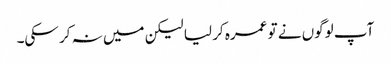
آپ لوگوں نے تو عمرہ کر لیا لیکن میں نہ کر سکی۔